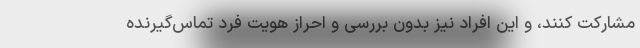
مشارکت کنند، و این افراد نیز بدون بررسی و احراز هویت فرد تماس‌گیرنده